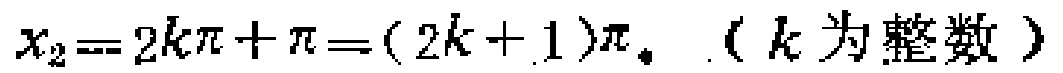
\(x_{2}=2k\pi+\pi=(2k + 1)\pi。（k为整数）\)